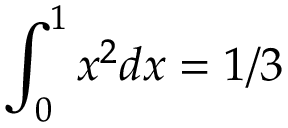
\int _ { 0 } ^ { 1 } x ^ { 2 } d x = 1 / 3